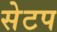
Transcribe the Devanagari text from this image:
सेटप